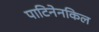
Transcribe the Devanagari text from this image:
पाटिनेनकिल